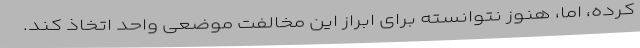
کرده، اما، هنوز نتوانسته برای ابراز این مخالفت موضعی واحد اتخاذ کند.